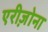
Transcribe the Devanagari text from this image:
एरीज़ोना